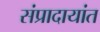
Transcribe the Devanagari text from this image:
संप्रादायांत